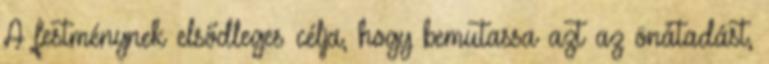
A festménynek elsődleges célja, hogy bemutassa azt az önátadást,